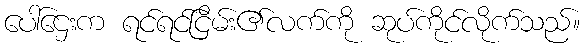
ပေါ်ဌေးက ရင်ရင်ငြိမ်း၏လက်ကို ဆုပ်ကိုင်လိုက်သည်။